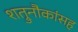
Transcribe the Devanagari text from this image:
शत्रुनौकांसह